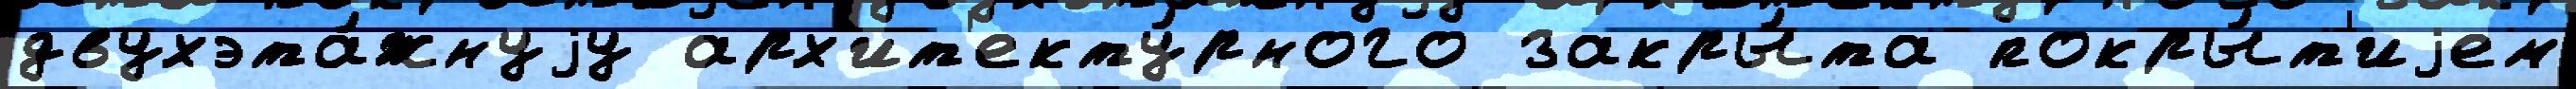
двухэта́жнуjу арх'ит'екту́рного закры́та покры́т'иjем